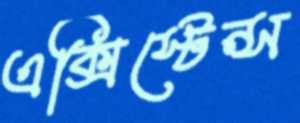
এক্সিস্টেন্স